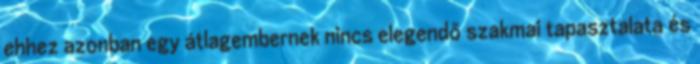
ehhez azonban egy átlagembernek nincs elegendő szakmai tapasztalata és